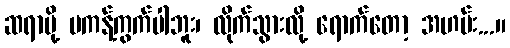
ဆရာမို့ မကန့်ကွက်ပါဘူး၊ လိုက်သွားလို့ ရောက်တော့ အဟမ်း...။